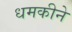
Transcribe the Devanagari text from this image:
धमकीने